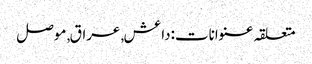
متعلقہ عنوانات‬:داعش, عراق, موصل